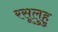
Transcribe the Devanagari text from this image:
रसूलुहु